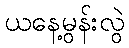
ယနေ့မွန်းလွဲ